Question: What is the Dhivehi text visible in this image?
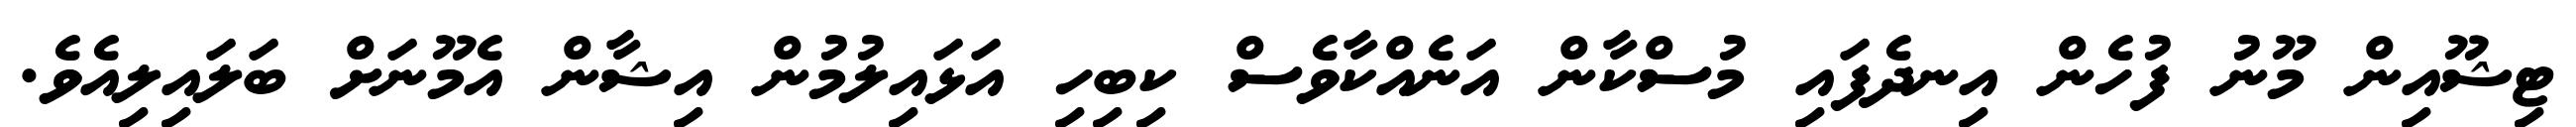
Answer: ޓިޝޫއިން މޫނު ފުހެން އިނދެފައި މުސްކާން އަނެއްކާވެސް ކިބިހި އަޅައިލުމުން އިޝާން އެމޫނަށް ބަލައިލިއެވެ.